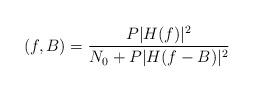
LaTeX: \begin{align*}(f,B) = \frac{P |H(f)|^2 }{N_{0} + P |H(f-B)|^2 }\end{align*}